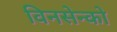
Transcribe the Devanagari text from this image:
विनसेन्को